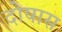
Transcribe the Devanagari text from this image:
दोषास